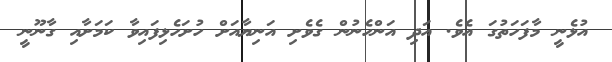
އުޅެނީ މާފަހަތުގަ އެވެ. އަދި އަންހެނުން ގެވެށި އަނިޔާއަށް ހުށަހެޅިފައިވާ ކަމަށާއި ގާނޫނީ